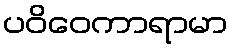
ပဝိဝေကာရာမာ